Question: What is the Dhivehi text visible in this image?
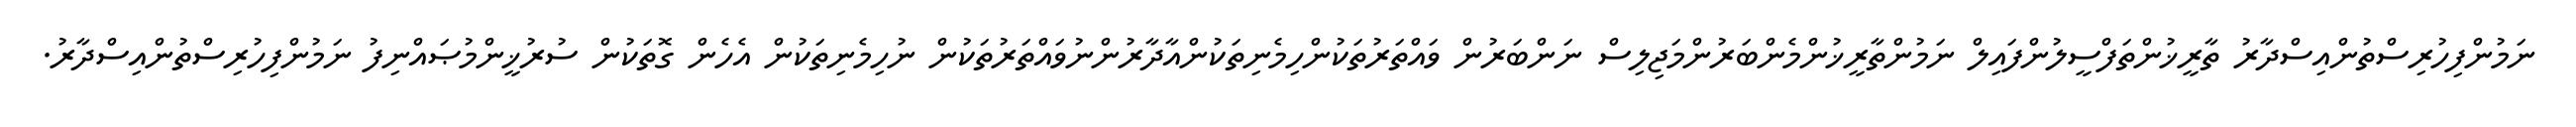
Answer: ނަމުންފިހުރިސްތުންއިސްދާރު ތާރީޚުންތަފްސީލުންފައިލް ނަމުންތާރީޚުންމެންބަރުންމަޖިލިސް ނަންބަރުން ވައްތަރުތަކުންހިމެނިތަކުންއާދާރުންނުވައްތަރުތަކުން ނުހިމެނިތަކުން އެހެން ގޮތަކުން ސުރުޚީންމުޞައްނިފު ނަމުންފިހުރިސްތުންއިސްދާރު.